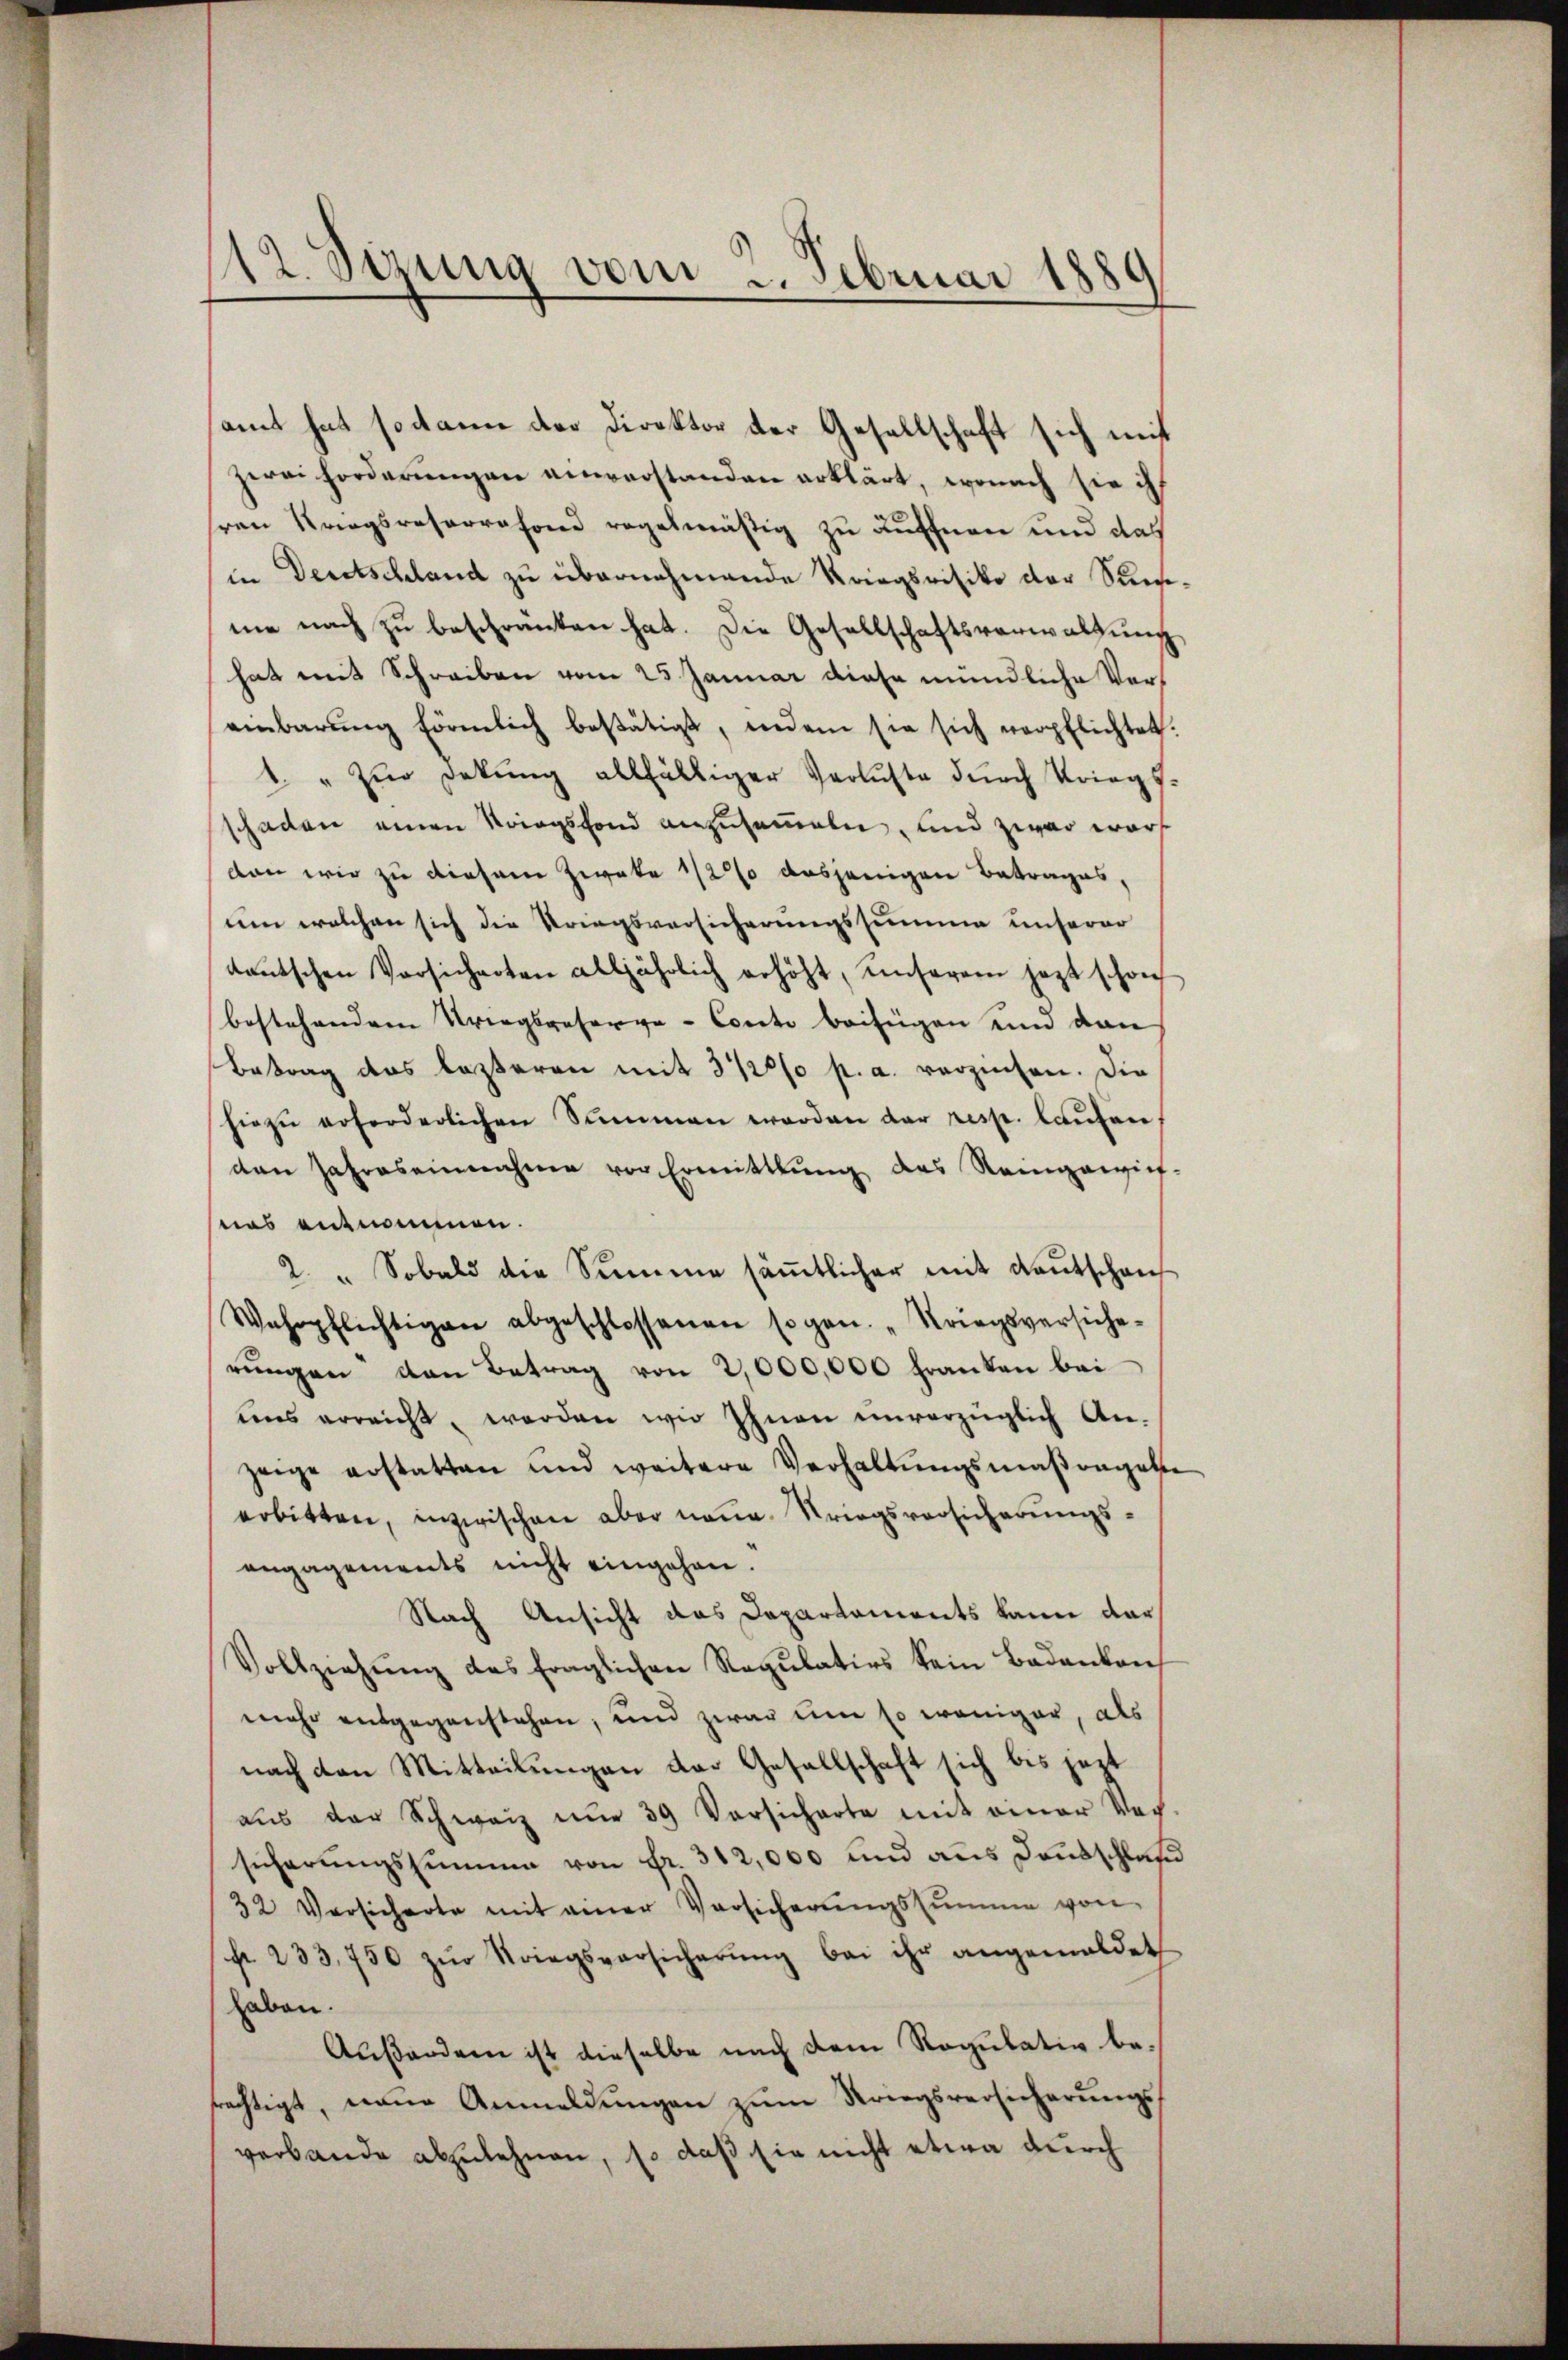
12. Sizung vom 2. Februar 1889

samt hat sodann der Direktor der Gesellschaft sich mit
zerei forderŭngen einverstanden erklärt, wonach sie ih
sren Kriegsreserrafond regelmäßig zu äuffnen und das
in Deutschland zu übernehmende Kriegsvisiko der Summe nach zu beschränken hat. Die Gesellschaftsverwaltung
hat mit Schreiben vom 25. Januar diese mündliche Vereinbarŭng förmlich bestätigt, indem sie sich verpflichtet.
4. " zŭr Dekŭng allfälliger Verluste dŭrch Kriegs-
schaden einen Striegsfond anzusammeln, und zwar wars
dan wir zu diesem Zweke 1/2% dasjenigen Betrages,
um welchen sich die Kriegsversicherungssumme unserer
deŭtschen Vorsicherten alljährlich erhöht, unserem jezt schon
bestehendem Kriegsreserve-Conto beifügen und dann
Betrag des lezteren mit 3 1/2% p. a. verzinsen. Die
hiezŭ erforderlichen Sammen worden der resp. laŭfen,
den Jahres einnahme vor Ermittlung des Rampanie-
sees entnommen.
2. " Sobald die Summe säṁtlicher mit Kautschan
Wehrpflichtigen abgeschlossenen sogen. "Kriegsversiche-
rŭngen den Betrag von 2,000,000 Franken bei
uns erreicht, werden wir Ihnen unverzüglich Anzeige erstatten und weitere Verhaltŭngsmaβongatte
erbitten, inzwischen aber neue Kriegsversicherungsengagements nicht eingehen.
Nach Ansicht das Departaments kann dar¬
Vollziehŭng des fraglichen Regŭlatios kein Badanken
mehr entgegenstehen, und zwar eine so weniger, als
nach den Mitteilungen der Gesellschaft sich bis jezt
aŭs der Schweiz nŭr 39 Versicherte mit einer Ver-
sicherŭngssumme von Fr. 312,000 und aus Dankschla
32 Versicherte mit einer Versicherŭngssumme von
fr. 233,750 zŭr Kriegsversicherŭng bei ihr angemeldet
haben.
Außerden ist dieselbe nach dem Regulativ berächtigt, name Anmeldŭngen zŭm Kriegsversicherŭngs-
verbande abzulehnen, so daß sie nicht etwa durch